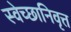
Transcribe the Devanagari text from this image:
स्वेच्छानिवृत्त